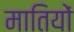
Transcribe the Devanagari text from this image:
मातियों